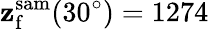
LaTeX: \mathbf{z}_{\mathrm{{f}}}^{\mathrm{{sam}}}(30^{\circ})=1274